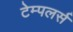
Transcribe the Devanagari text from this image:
टेम्पलर्स